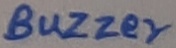
Text: BUZZER